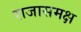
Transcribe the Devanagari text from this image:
राजासमक्ष